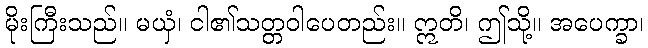
မိုးကြီးသည်။ မယှံ၊ ငါ၏သတ္တဝါပေတည်း။ ဣတိ၊ ဤသို့။ အပေက္ခာ၊